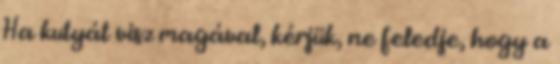
Ha kutyát visz magával, kérjük, ne feledje, hogy a